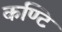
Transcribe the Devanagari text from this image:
कण्टि